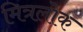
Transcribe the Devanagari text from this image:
मित्रलोक